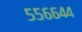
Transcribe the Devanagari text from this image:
५५६६४४